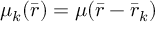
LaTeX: \mu _ { k } ( { \bar { r } } ) = \mu ( { \bar { r } } - { \bar { r } } _ { k } )